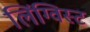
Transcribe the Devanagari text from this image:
लिंग्विस्ट